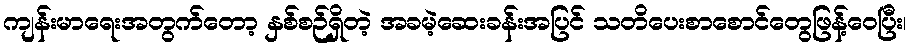
ကျန်းမာရေးအတွက်တော့ နှစ်စဉ်ရှိတဲ့ အခမဲ့ဆေးခန်းအပြင် သတိပေးစာစောင်တွေဖြန့်ဝေပြီး၊